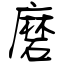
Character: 磨